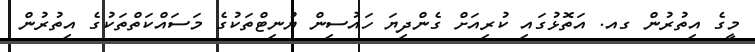
މީގެ އިތުރުން ގއ. އަތޮޅުގައި ކުރިއަށް ގެންދިޔަ ހައުސިން ޔުނިޓްތަކުގެ މަސައްކަތްތަކުގެ އިތުރުން